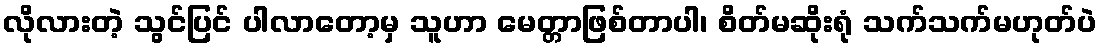
လိုလားတဲ့ သွင်ပြင် ပါလာတော့မှ သူဟာ မေတ္တာဖြစ်တာပါ၊ စိတ်မဆိုးရုံ သက်သက်မဟုတ်ပဲ